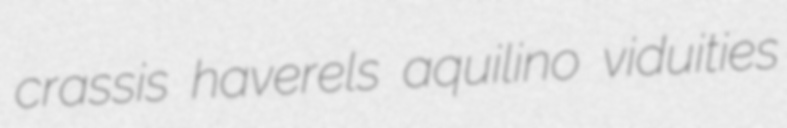
crassis haverels aquilino viduities